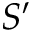
S ^ { \prime }